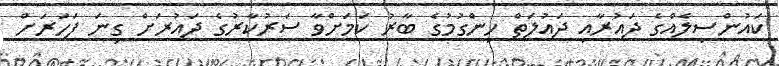
ކައުންސިލެއްގެ ދައުރާއި ދައުލަތް ހިންގުމުގެ ބާރު ކަމަށްވާ ސަރުކާރުގެ ދައުރަށް ގިނަ ފަހަރަށް